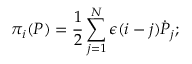
\pi _ { i } ( P ) = { \frac { 1 } { 2 } } \sum _ { j = 1 } ^ { N } \epsilon ( i - j ) { \dot { P } } _ { j } ;